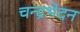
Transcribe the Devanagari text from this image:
चन्द्रभेदन